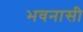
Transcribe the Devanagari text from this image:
भवनासी